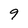
Character: 9